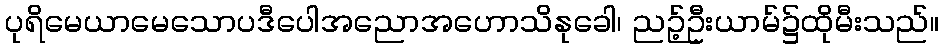
ပုရိမေယာမေသောပဒီပေါအညောအဟောသိနုခေါ၊ ညဉ့်ဦးယာမ်၌ထိုမီးသည်။